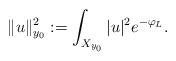
LaTeX: \begin{align*}\Vert u\Vert_{y_0} ^2:= \int_{X_{y_0}} |u|^2e^{-\varphi_L}.\end{align*}